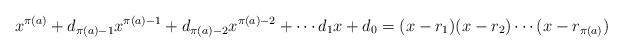
LaTeX: \begin{align*}x^{\pi(a)} + d_{\pi(a) - 1}x^{\pi(a) - 1} + d_{\pi(a) - 2}x^{\pi(a) - 2} + \cdots d_1x + d_0 = (x - r_1)(x - r_2)\cdots(x - r_{\pi(a)})\end{align*}